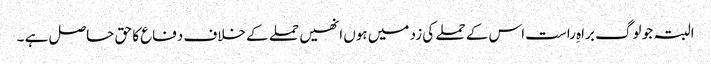
البتہ جو لوگ براہِ راست اس کے حملے کی زد میں ہوں انھیں حملے کے خلاف دفاع کا حق حاصل ہے ۔